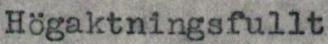
Högaktningsfullt